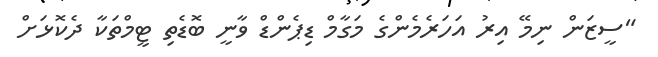
"ސީޒަން ނިމޭ އިރު އަހަރެމެންގެ މަގާމް ޑިޕެންޑް ވާނީ ބޮޑެތި ޓީމްތަކާ ދެކޮޅަށް